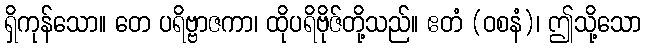
ရှိကုန်သော။ တေ ပရိဗ္ဗာဇကာ၊ ထိုပရိဗိုဇ်တို့သည်။ ဧတံ (ဝစနံ)၊ ဤသို့သော